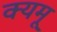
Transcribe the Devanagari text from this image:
क्यमू